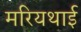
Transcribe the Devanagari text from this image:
मरियथाई